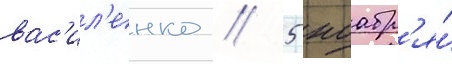
вас'ил'енко // 5 ноабр'я́